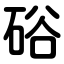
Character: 硲